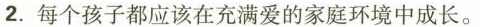
2.每个孩子都应该在充满爱的家庭环境中成长。